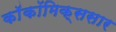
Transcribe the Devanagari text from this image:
काॅकॉमिक्ससार